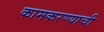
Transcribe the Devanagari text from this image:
कामकरण्याची